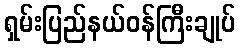
ရှမ်းပြည်နယ်ဝန်ကြီးချုပ်